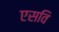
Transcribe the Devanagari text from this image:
एसवि